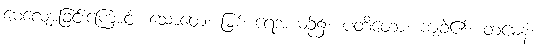
မေ့လျော့ခြင်းကြောင့်။ သောတေ၊ မြစ် ရေအယဉ်၌။ ပတိတော၊ ကျခဲ့၏။ တမေနံ၊